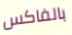
بالفاكس